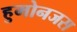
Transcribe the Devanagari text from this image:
हुमोनजस